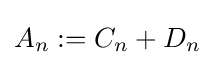
A_{n}:=C_{n}+D_{n}